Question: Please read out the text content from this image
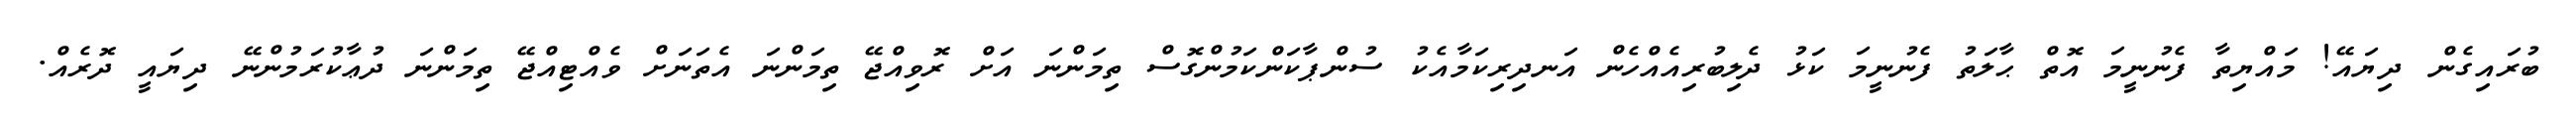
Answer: ބުރައިގެން ދިޔައޭ! މައްޔިތާ ފެނުނީމަ އޮތް ޙާލަތު ފެނުނީމަ ކަޅު ދެލިބުރިއެއްހެން އަނދިރިކަމާއެކު ސުންޕާކަންކަމުންގޮސް ތިމަންނަ އަށް ރޮވިއްޖޭ ތިމަންނަ އެތަނަށް ވެއްޓިއްޖޭ ތިމަންނަ ދުޢާކުރަމުންނޭ ދިޔައީ ދޮރެއް.